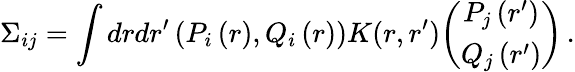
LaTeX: \Sigma_{ij}=\int drdr^{\prime}\left(P_{i}\left(r\right),Q_{i}\left(r\right)\right)K(r,r^{\prime})\binom{P_{j}\left(r^{\prime}\right)}{Q_{j}\left(r^{\prime}\right)}\, .